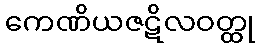
ကေဏိယဇဋိလဝတ္ထု